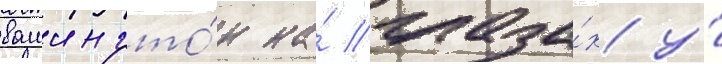
вашингто́н на́ глаза́х у́